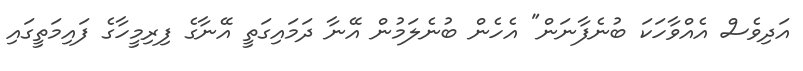
އަދިވެސް އެއްވާހަކަ ބުނެފާނަން" އެހެން ބުނެލަމުން އޭނާ ދަމައިގަތީ އޭނާގެ ފިރިމީހާގެ ފައިމަތީގައި